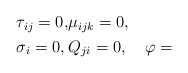
\begin{align*}\begin{alignedat}{3} & \tau_{ij}=0, & & \mu_{ijk}=0, & \quad\\ & \sigma_{i}=0, & & Q_{ji}=0, & & \varphi=\end{alignedat}\end{align*}